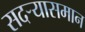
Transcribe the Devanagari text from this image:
सदर्‍यासमान